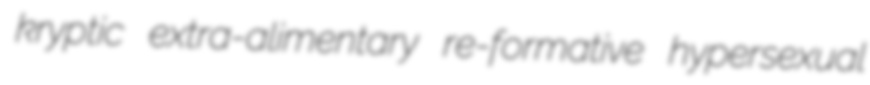
kryptic extra-alimentary re-formative hypersexual